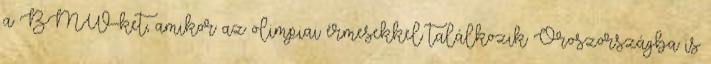
a BMW-ket, amikor az olimpiai érmesekkel találkozik Oroszországba is